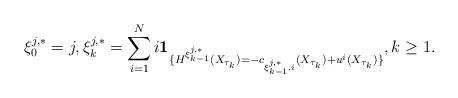
LaTeX: \begin{align*}\xi^{j,*}_{0}=j,\xi^{j,*}_k=\sum_{i=1}^N i\mathbf{1}_{\{H^{\xi^{j,*}_{k-1}}(X_{\tau_k})=-c_{\xi^{j,*}_{k-1},i}(X_{\tau_k})+u^i({X_{\tau_k})}\}},k\ge1.\end{align*}